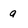
Character: a